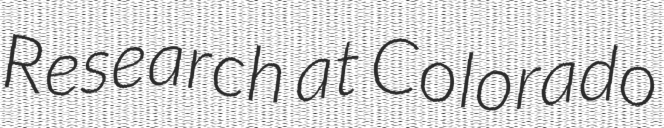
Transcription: Research at Colorado